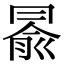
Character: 𠕦